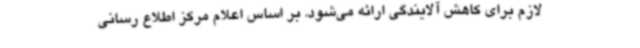
لازم برای کاهش آلایندگی ارائه می‌شود. بر اساس اعلام مرکز اطلاع رسانی